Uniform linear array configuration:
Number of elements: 12
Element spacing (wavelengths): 1
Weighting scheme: exponential
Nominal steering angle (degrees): -45
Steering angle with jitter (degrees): -43.927
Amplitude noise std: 0.05
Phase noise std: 0.05

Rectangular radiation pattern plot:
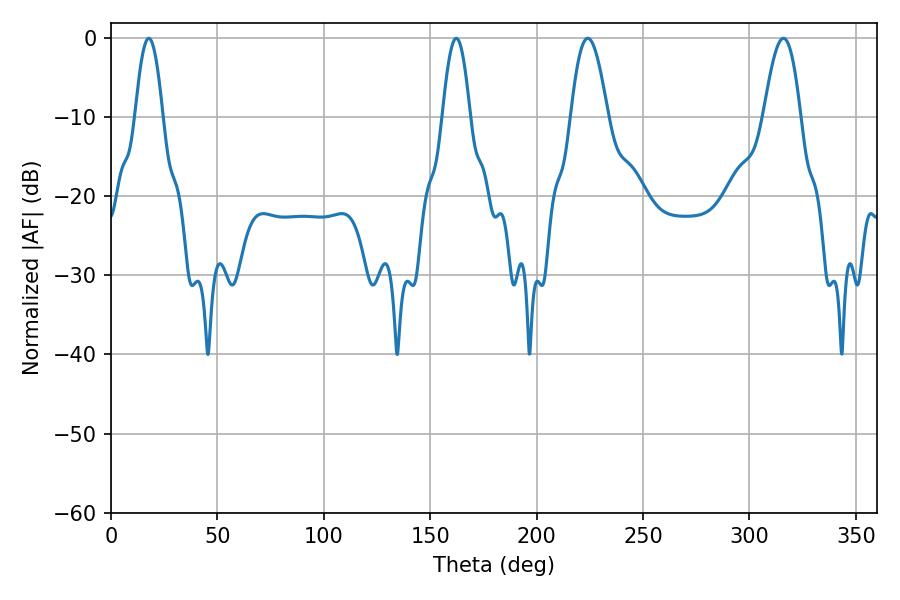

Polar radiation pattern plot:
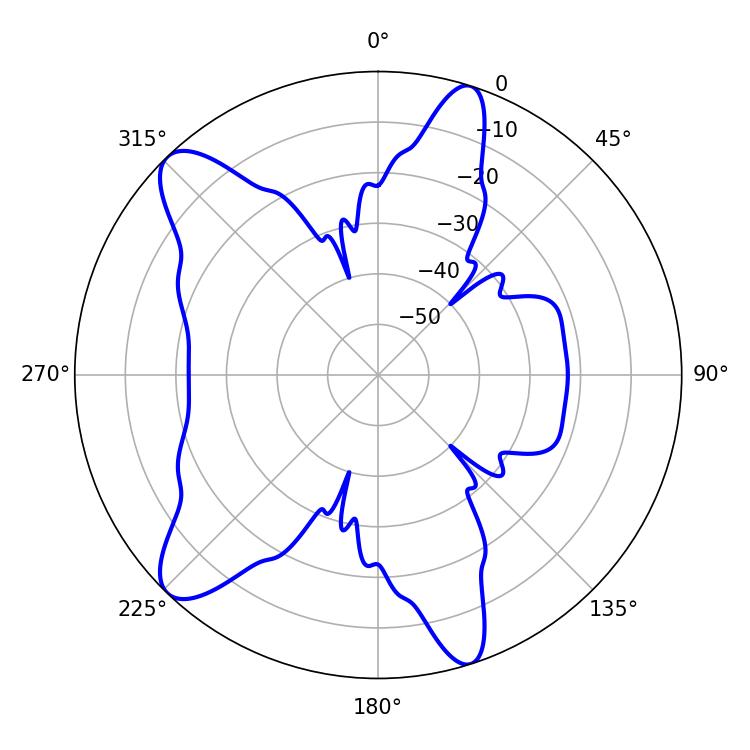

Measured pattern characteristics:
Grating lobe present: TRUE
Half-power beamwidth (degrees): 9.36
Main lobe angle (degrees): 224.1